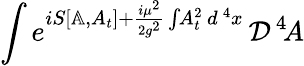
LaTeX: \int e^{iS[\mathbb{A},A_{t}]+{\frac{i\mu^{2}}{2g^{2}}}\int\! A_{t}^{2}\, d^{\, 4}x}\, {\cal D}^{\, 4}\! A